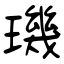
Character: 璣